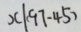
x \vert ( 9 7 - 4 5 )